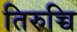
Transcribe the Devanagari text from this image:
तिरुच्चि